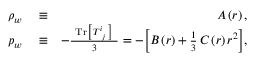
\begin{array} { r l r } { \rho _ { w } } & { { } \equiv } & { A \left( r \right) , } \\ { p _ { w } } & { { } \equiv } & { - \frac { ~ \mathrm { T r } \big [ \, T _ { \, \, \, j } ^ { i } \, \big ] ~ } { 3 } = - \bigg [ B \left( r \right) + \frac { 1 } { 3 } \, C \left( r \right) r ^ { 2 } \bigg ] , } \end{array}